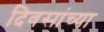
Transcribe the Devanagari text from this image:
दिवसांच्‍या